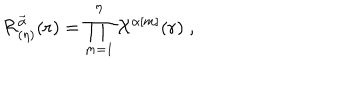
LaTeX: { \cal { R } } _ { ( \eta ) } ^ { \vec { \alpha } } ( { \bf { r } } ) = \prod _ { m = 1 } ^ { \eta } { \cal { X } } ^ { \alpha [ m ] } ( { \bf { r } } ) \; ,